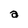
Character: a